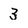
Character: 3